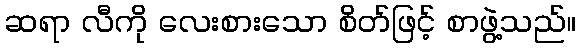
ဆရာ လီကို လေးစားသော စိတ်ဖြင့် စာဖွဲ့သည်။